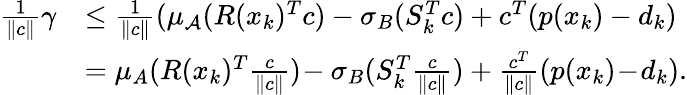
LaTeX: \begin{array}{rl}{\frac{1}{\| c\| }\gamma}&{\leq\frac{1}{\| c\| }(\mu_{\mathcal{A}}(R(x_{k})^{T}c)-\sigma_{B}(S_{k}^{T}c)+c^{T}(p(x_{k})-d_{k})}\\ &{=\mu_{A}(R(x_{k})^{T}\frac{c}{\| c\| })\! -\sigma_{B}(S_{k}^{T}\frac{c}{\| c\| })+\frac{c^{T}}{\| c\| }(p(x_{k})\! -\! d_{k}).}\end{array}